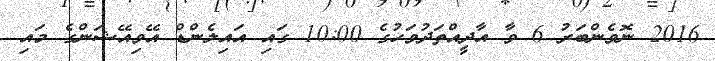
2016 ނޮވެންބަރު 6 ވާ އާދީއްތަދުވަހުގެ 10:00 ގައި އައިލެންޑް އޭވިއޭޝަންގެ މައި